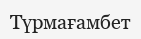
Түрмағамбет